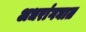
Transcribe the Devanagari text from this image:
अधरांगघात